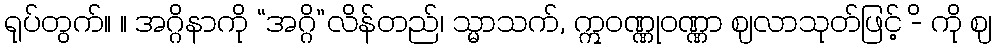
ရုပ်တွက်။ ။ အဂ္ဂိနာကို “အဂ္ဂိ”လိန်တည်၊ သ္မာသက်, ဣဝဏ္ဏုဝဏ္ဏာ ဈလာသုတ်ဖြင့် -ိ ကို ဈ